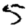
Digit: 5